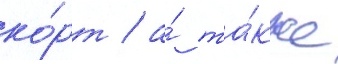
ко́рт / а́ та́кже